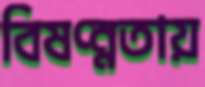
বিষণ্ন্নতায়